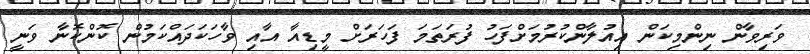
ވަރިވާން ނިންމިކަން އިއުލާންކުރުމަށްފަހު ފުރަތަމަ ފަަހަރަށް މީޑިއާ އާއި ވާހަކަދައްކަމުން ކޮންކޮނާ ވަނީ